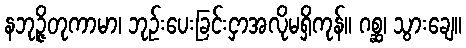
နဘုဉ္ဇိတုကာမာ၊ ဘုဉ်းပေးခြင်းငှာအလိုမရှိကုန်။ ဂစ္ဆ၊ သွားချေ။